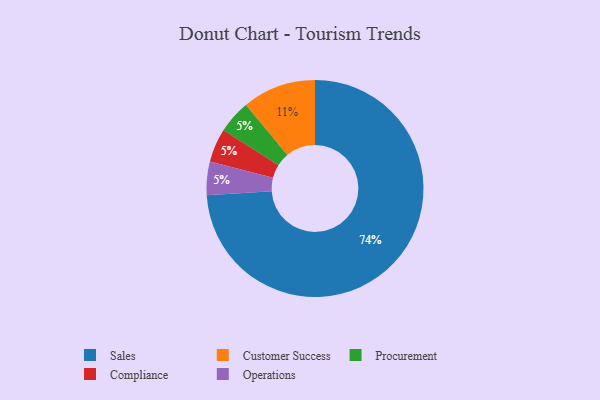
{"axis": {"x": "Category", "y": "Percentage"}, "legend": ["Compliance", "Customer Success", "Operations", "Procurement", "Sales"], "data": [{"x": "Procurement", "y": 5, "type": "Procurement"}, {"x": "Sales", "y": 74, "type": "Sales"}, {"x": "Compliance", "y": 5, "type": "Compliance"}, {"x": "Operations", "y": 5, "type": "Operations"}, {"x": "Customer Success", "y": 11, "type": "Customer Success"}]}